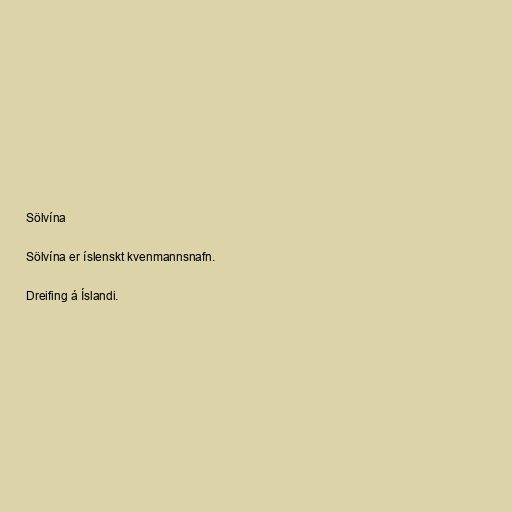
Sölvína

Sölvína er íslenskt kvenmannsnafn.

Dreifing á Íslandi.